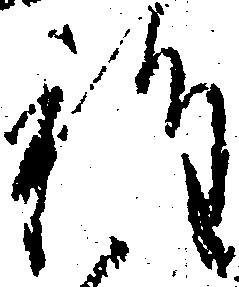
種